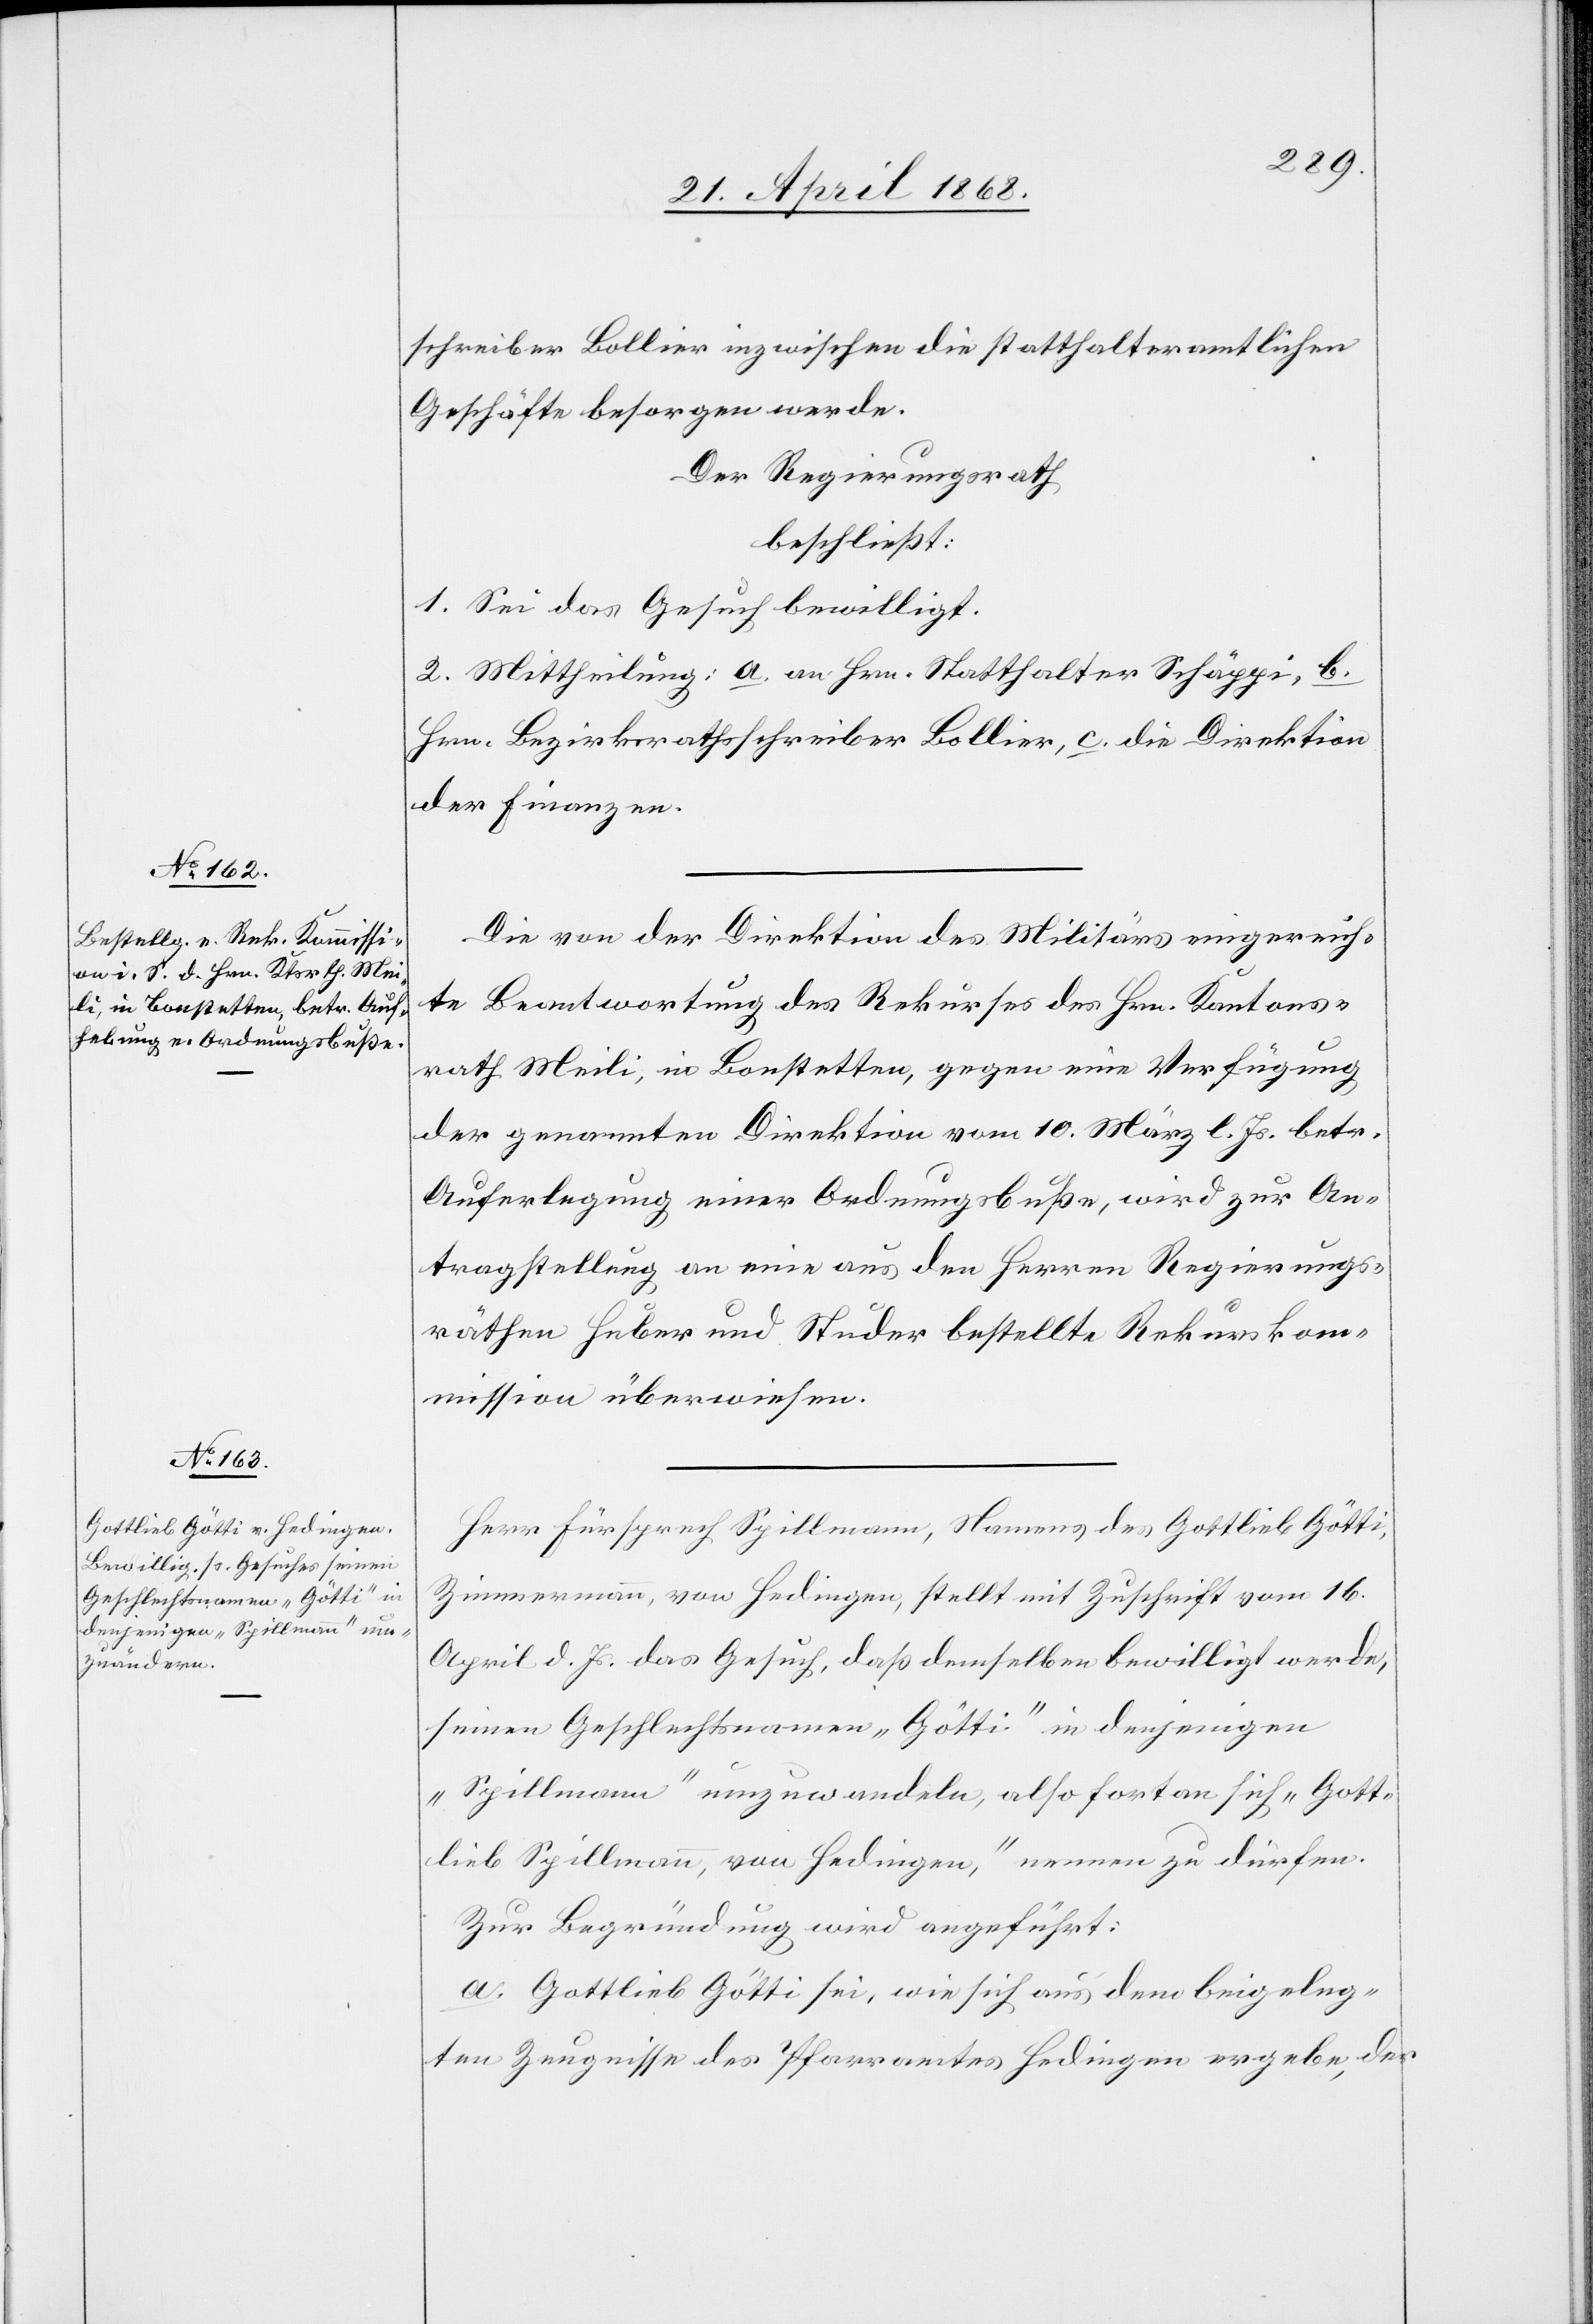
schreiber Bollier inzwischen die statthalteramtlichen
Geschäfte besorgen werde.
Der Regierungsrath
beschließt:
1. Sei das Gesuch bewilligt.
2. Mittheilung: a. an Hrn. Statthalter Schäppi, b.
Hrn. Bezirksrathsschreiber Bollier, c. die Direktion
der Finanzen.
Die von der Direktion des Militärs eingereich¬
te Beantwortung des Rekurses des Hrn. Kantons¬
rath Meili, in Bonstetten, gegen eine Verfügung
der genannten Direktion vom 10. März l. Js. betr.
Auferlegung einer Ordnungsbuße, wird zur An¬
tragstellung an eine aus den Herren Regierungs¬
räthen Huber und Studer bestellte Rekurskom¬
mission überwiesen.
Herr Fürsprech Spillmann, Namens des Gottlieb Götti,
Zimmermann, von Hedingen, stellt mit Zuschrift vom 16.
April d. Js. das Gesuch, daß demselben bewilligt werde,
seinen Geschlechtsnamen „Götti“ in denjenigen
„Spillmann“ umzuwandeln, also fortan sich „Gott¬
lieb Spillmann, von Hedingen,“ nennen zu dürfen.
Zur Begründung wird angeführt:
a. Gottlieb Götti sei, wie sich aus dem beigeleg¬
ten Zeugnisse des Pfarramtes Hedingen ergebe, der